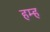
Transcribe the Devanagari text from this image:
हम्ह